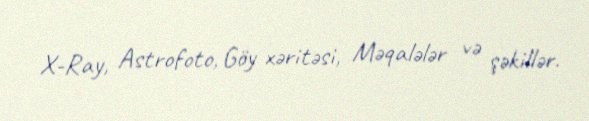
X-Ray, Astrofoto, Göy xəritəsi, Məqalələr və şəkillər.